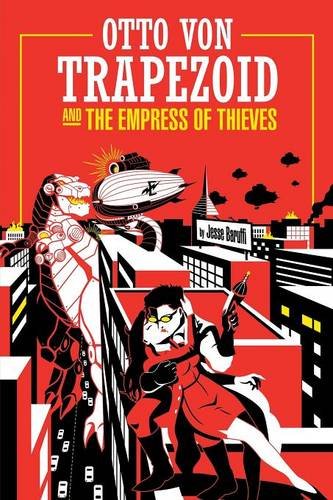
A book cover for Otto Von Trapezoid and the Empress of Thieves; Jesse Baruffi; Science Fiction & Fantasy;